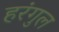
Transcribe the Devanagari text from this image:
हरंगुल